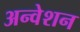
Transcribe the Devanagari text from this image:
अन्वेशन